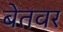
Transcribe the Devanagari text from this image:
बेतवर